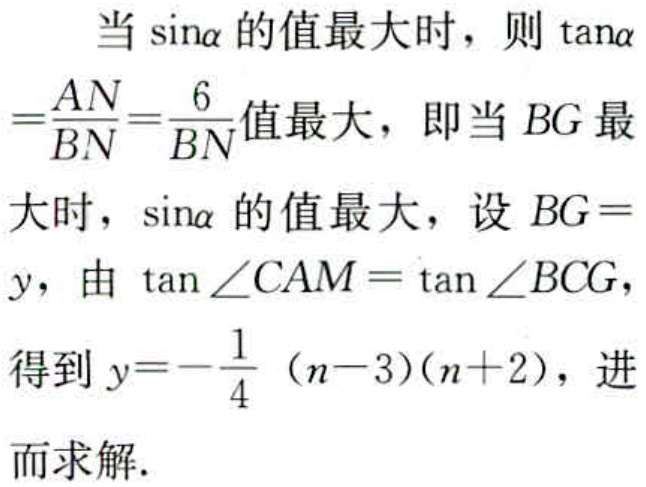
当\(\sin\alpha\)的值最大时，则\(\tan\alpha=\frac{AN}{BN}=\frac{6}{BN}\)值最大，即当\(BG\)最大时，\(\sin\alpha\)的值最大，设\(BG = y\)，由\(\tan\angle CAM=\tan\angle BCG\)，得到\(y = -\frac{1}{4}(n - 3)(n + 2)\)，进而求解.